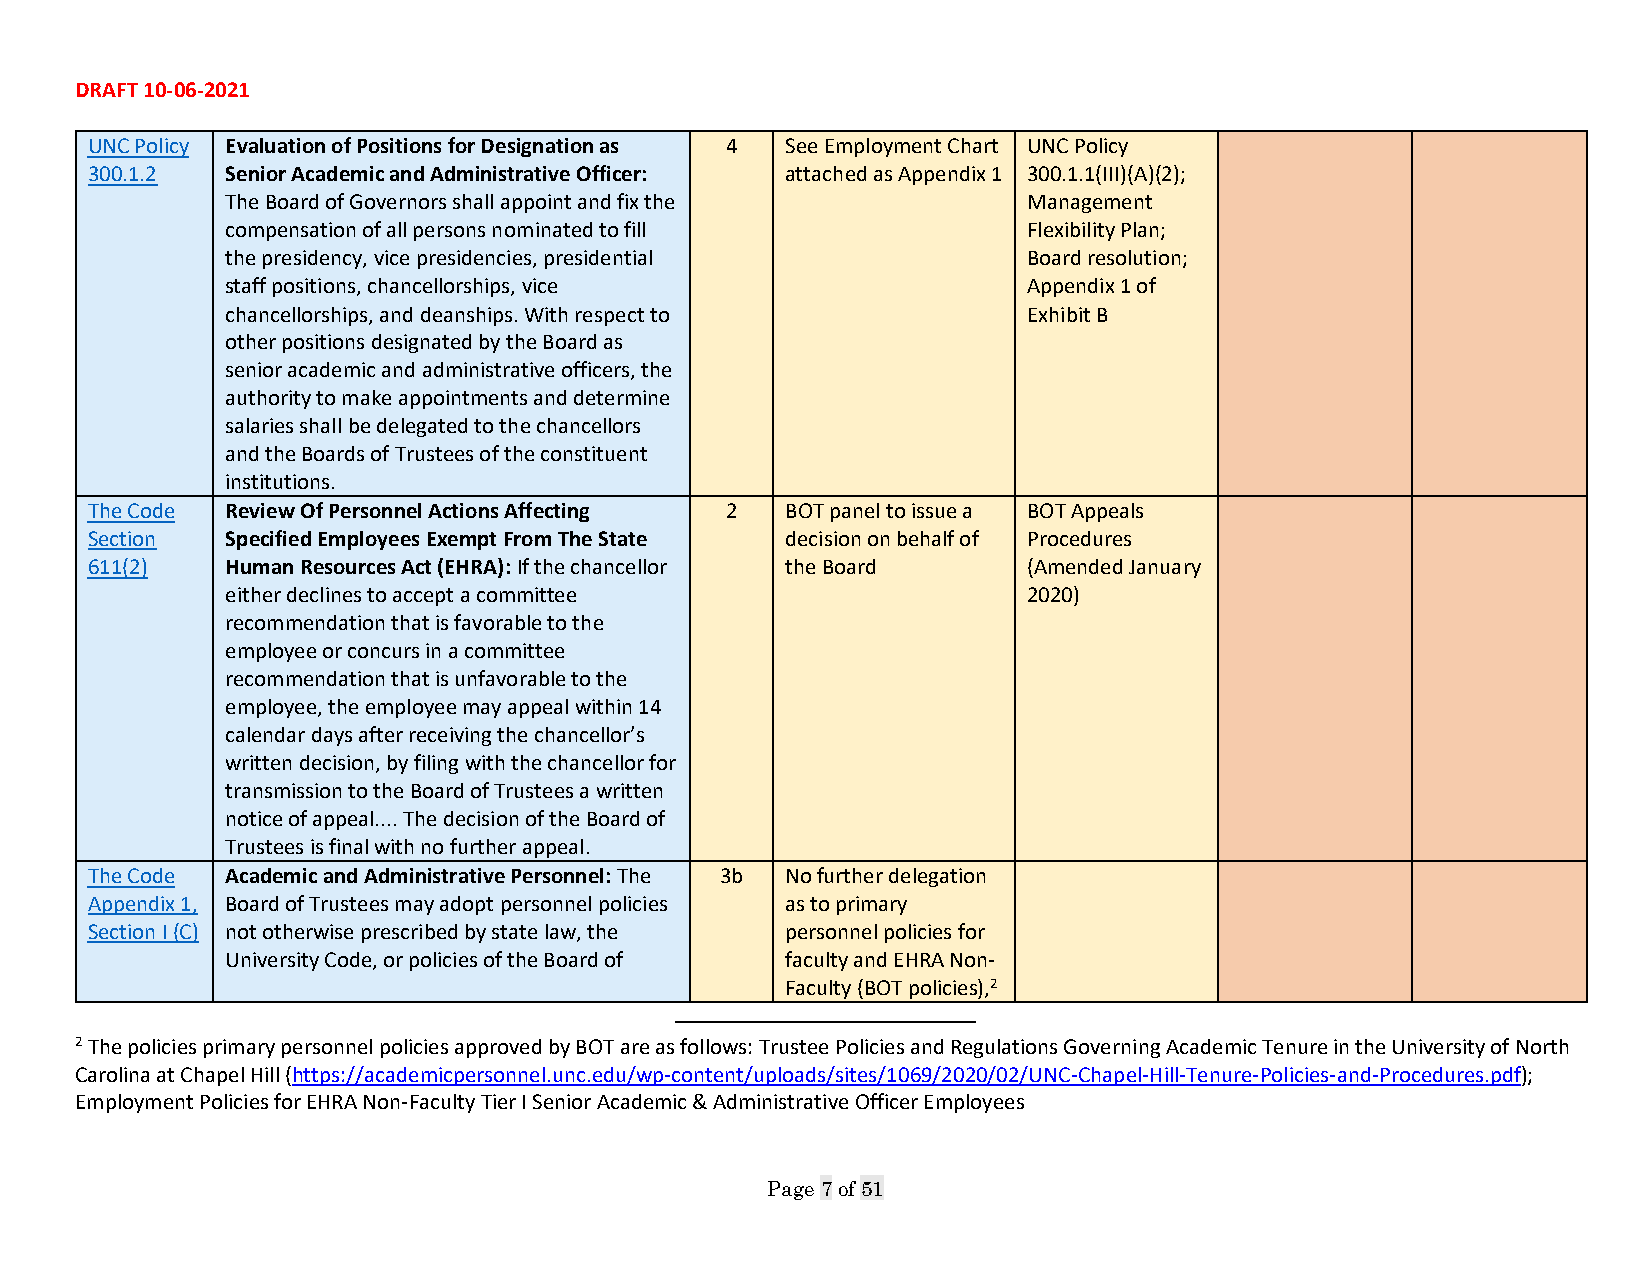
DRAFT 10-06-2021
 UNC Policy Evaluation of Positions for Designation as 4 See Employment Chart UNC Policy
 300.1.2  Senior Academic and Administrative Officer: attached as Appendix 1 300.1.1(III)(A)(2);
 The Board of Governors shall appoint and fix the     Management
 compensation of all persons nominated to fill        Flexibility Plan;
 the presidency, vice presidencies, presidential      Board resolution;
 staff positions, chancellorships, vice               Appendix 1 of
 chancellorships, and deanships. With respect to      Exhibit B
 other positions designated by the Board as
 senior academic and administrative officers, the
 authority to make appointments and determine
 salaries shall be delegated to the chancellors
 and the Boards of Trustees of the constituent
 institutions.
 The Code Review Of Personnel Actions Affecting 2 BOT panel to issue a BOT Appeals
 Section  Specified Employees Exempt From The State decision on behalf of Procedures
 611(2)   Human Resources Act (EHRA): If the chancellor the Board (Amended January
 either declines to accept a committee                2020)
 recommendation that is favorable to the
 employee or concurs in a committee
 recommendation that is unfavorable to the
 employee, the employee may appeal within 14
 calendar days after receiving the chancellor’s
 written decision, by filing with the chancellor for
 transmission to the Board of Trustees a written
 notice of appeal.... The decision of the Board of
 Trustees is final with no further appeal.
 The Code Academic and Administrative Personnel: The 3b No further delegation
 Appendix 1, Board of Trustees may adopt personnel policies as to primary
 Section I (C) not otherwise prescribed by state law, the personnel policies for
 University Code, or policies of the Board of faculty and EHRA Non-
 Faculty (BOT policies),2
 2 The policies primary personnel policies approved by BOT are as follows: Trustee Policies and Regulations Governing Academic Tenure in the University of North
 Carolina at Chapel Hill (https://academicpersonnel.unc.edu/wp-content/uploads/sites/1069/2020/02/UNC-Chapel-Hill-Tenure-Policies-and-Procedures.pdf);
 Employment Policies for EHRA Non-Faculty Tier I Senior Academic & Administrative Officer Employees
 Page 7 of 51